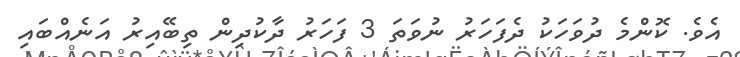
އެވެ. ކޮންމެ ދުވަހަކު ދެފަހަރު ނުވަތަ 3 ފަހަރު ދާކުދިން ތިބޭއިރު އަނެއްބައި